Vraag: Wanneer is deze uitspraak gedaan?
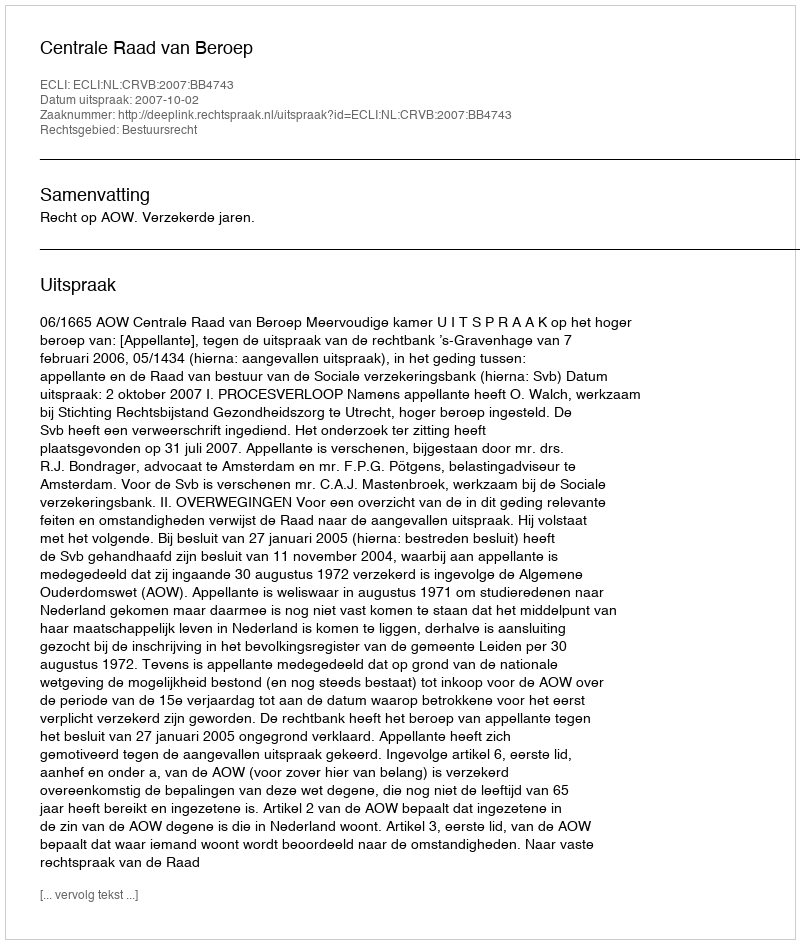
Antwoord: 2007-10-02